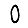
Digit: 0